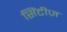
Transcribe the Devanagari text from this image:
सिंटीज़